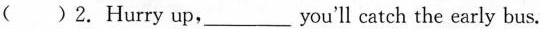
( )2.Hurry up,___you'll catch the early bus.